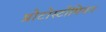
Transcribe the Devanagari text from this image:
प्रोटोस्टोमियन